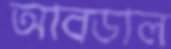
আবডাল